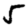
Digit: 5